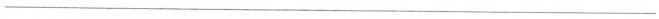
___